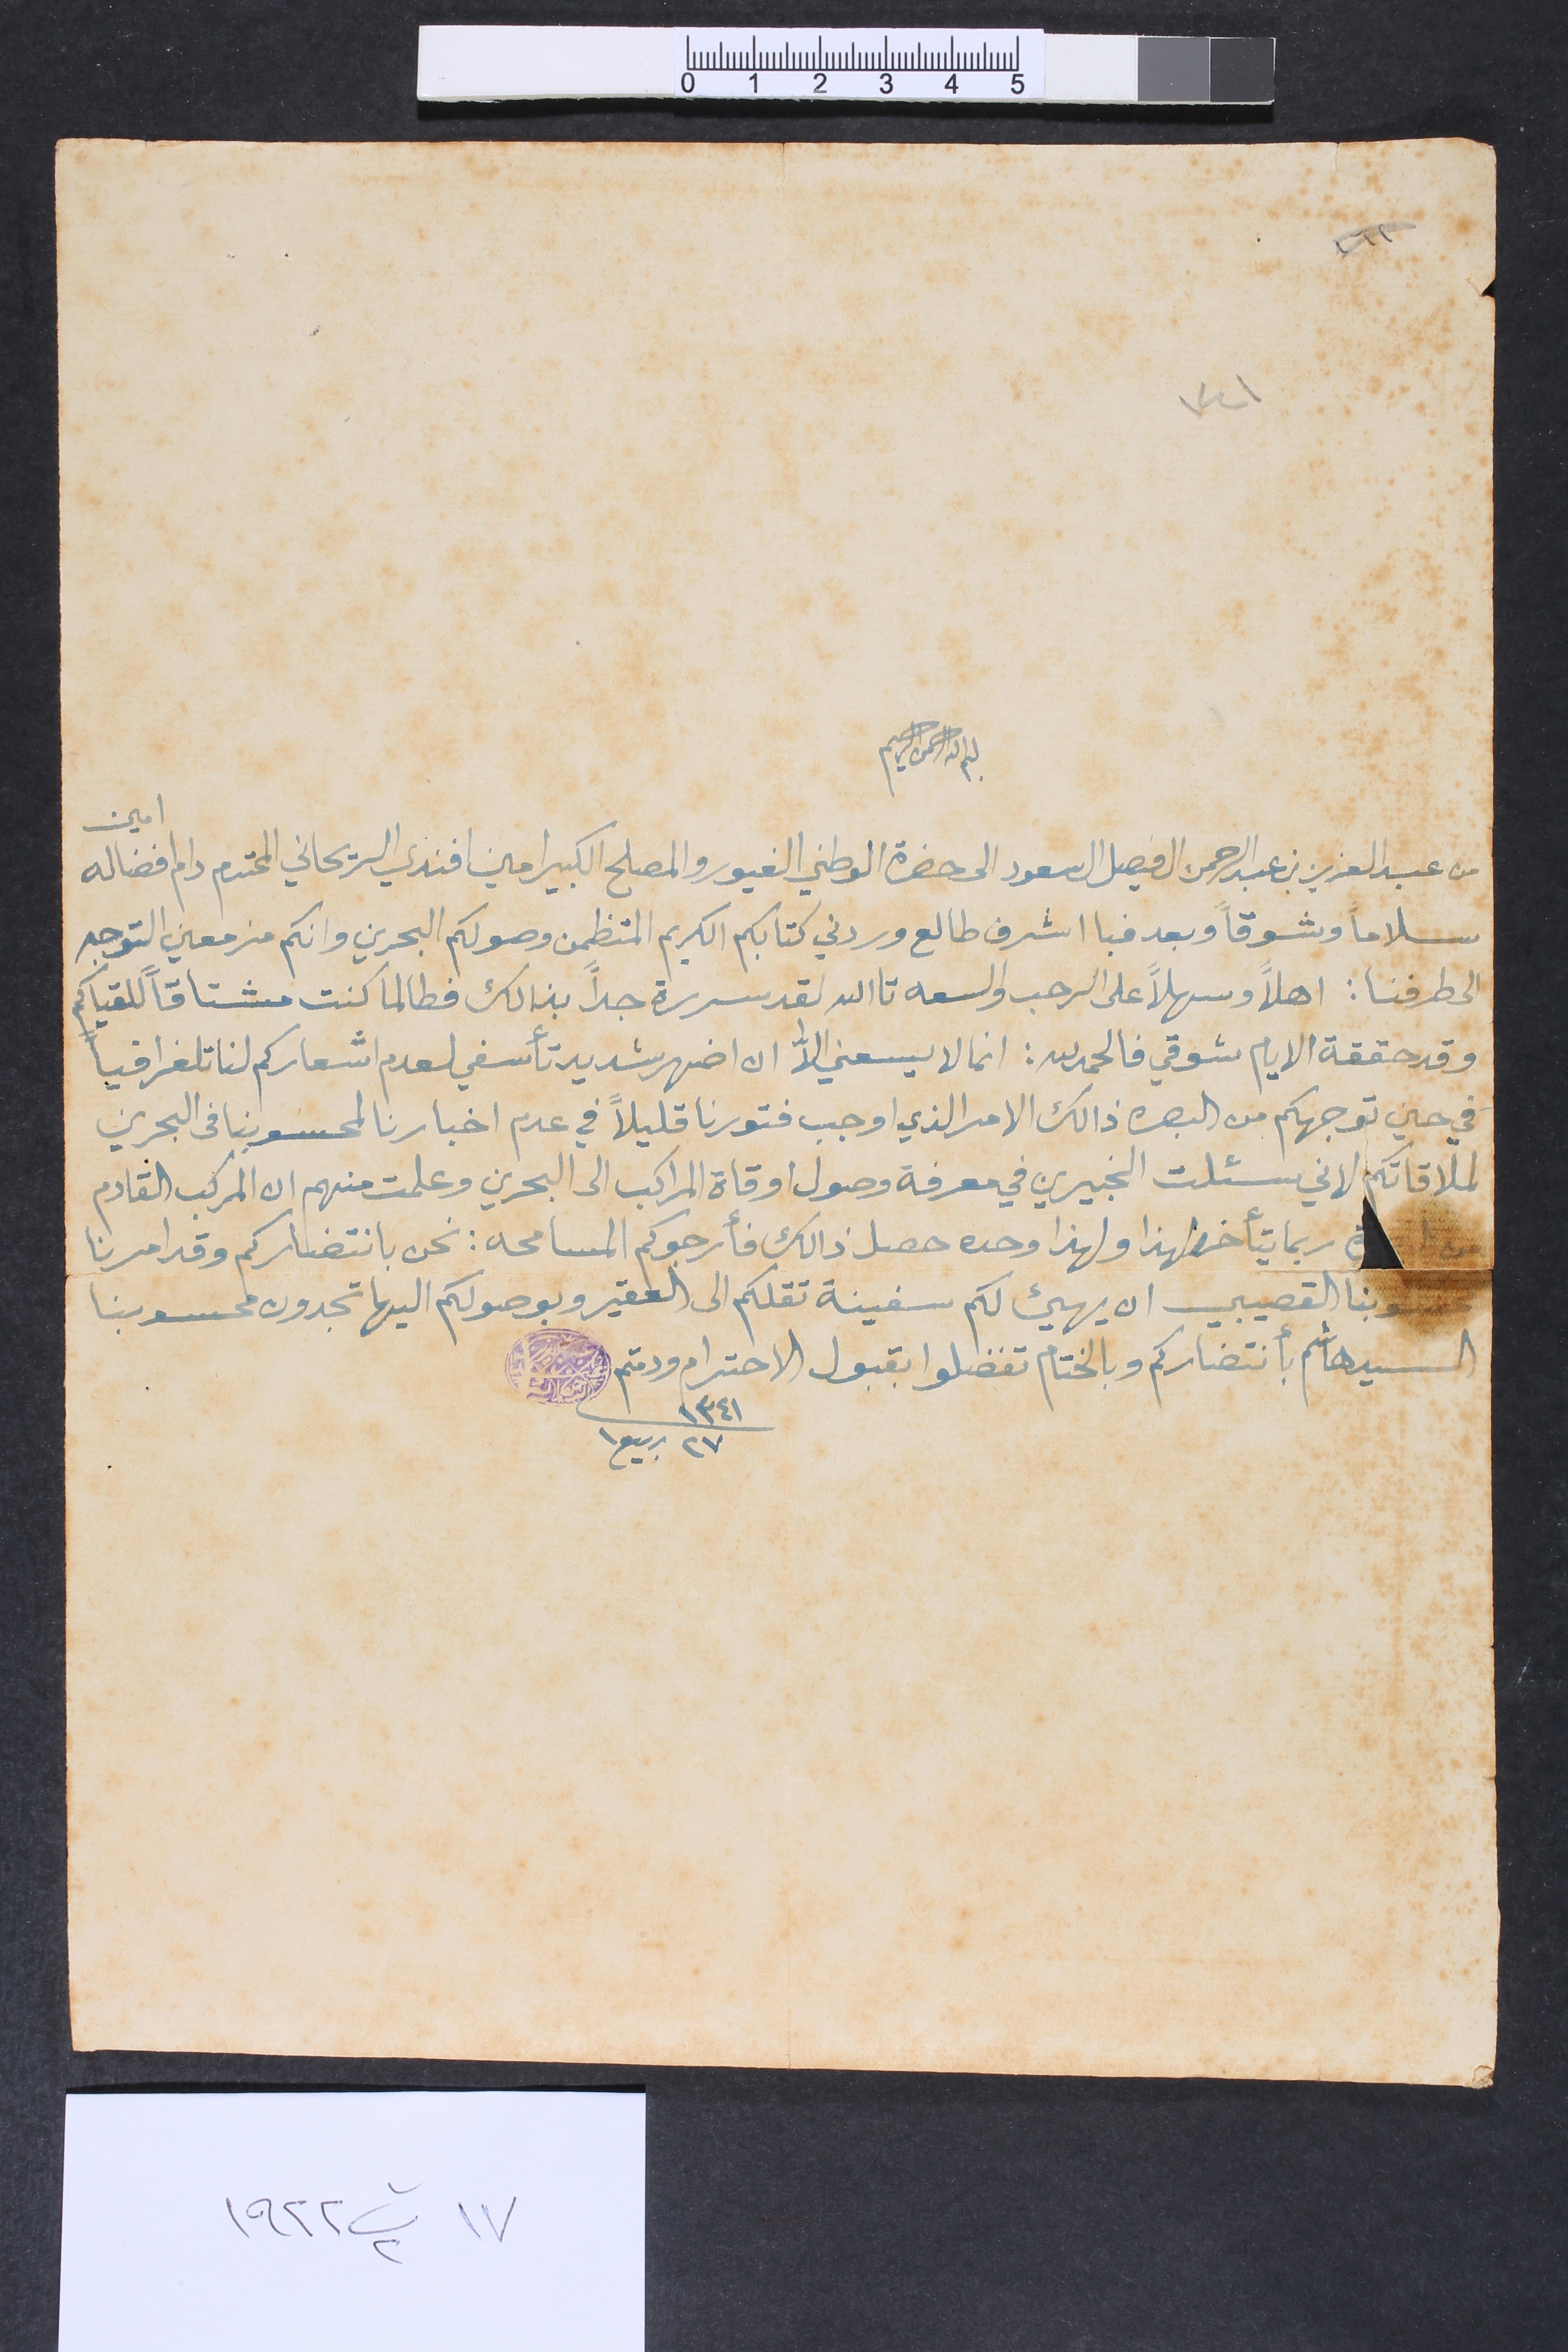
بسم الله الرحمن الرحيم
من عبد العزيز بن عبد الرحمن ال فيصل ال سعود الى حضرة الوطني الغيور والمصلح الكبير امين افندي الريحاني المحترم دام افضاله امين
سلاماً وشوقاً وبعد فبا اشرف طالع وردني كتابكم الكريم المتظمن وصولكم البحرين وانكم مزمعين التوجه
الى طرفنا : اهلاً وسهلاً على الرحب والسعه تاالله لقد سررة جداً بذالك فطالما كنت مشتاقاً للقياكم
وقد حققة الايام شوقي فالحمدلله: انما لا يسعني الاﱣ ان اضهر شديد تأسفي لعدم اشعاركم لنا تلغرافياً
في حين توجهكم من البصره ذالك الامر الذي اوجب فتورنا قليلاً في عدم اخبارنا لمحسوبنا فى البحرين
لملاقاتكم لاني سئلت الخبيرين في معرفة وصول اوقاة المراكب الى البحرين وعلمت منهم ان المركب القادم
من 	ربما يتأخر لهذا ولهذا وحده حصل ذالك فأرجوكم المسامحه: نحن بانتضاركم وقد امرنا
محسوبنا القصيبي ان يهيء لكم سفينة تقلكم الى العقير وبوصولكم اليها تجدون محسوبنا
السيد هاشم بأنتضاركم وبالختام تفضلوا بقبول الاحترام ودمتم
١٣٤١ ٢٧ ربيع ١
١٤١
١٧ ت٢ ١٩٢٢